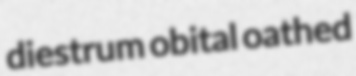
diestrum obital oathed